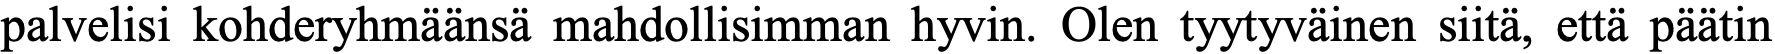
palvelisi kohderyhmäänsä mahdollisimman hyvin. Olen tyytyväinen siitä, että päätin